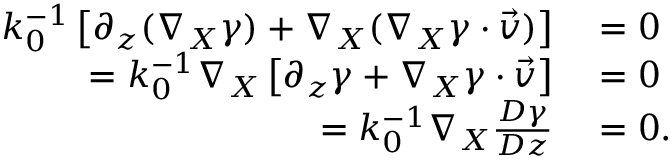
\begin{array} { r l } { k _ { 0 } ^ { - 1 } \left[ \partial _ { z } ( \nabla _ { X } \gamma ) + \nabla _ { X } ( \nabla _ { X } \gamma \cdot \vec { v } ) \right] } & { { } = 0 } \\ { = k _ { 0 } ^ { - 1 } \nabla _ { X } \left[ \partial _ { z } \gamma + \nabla _ { X } \gamma \cdot \vec { v } \right] } & { { } = 0 } \\ { = k _ { 0 } ^ { - 1 } \nabla _ { X } \frac { D \gamma } { D z } } & { { } = 0 . } \end{array}